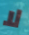
لا